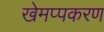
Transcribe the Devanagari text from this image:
खेमप्पकरण